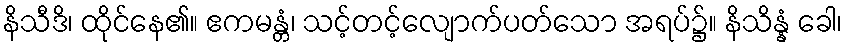
နိသီဒိ၊ ထိုင်နေ၏။ ဧကမန္တံ၊ သင့်တင့်လျောက်ပတ်သော အရပ်၌။ နိသိန္နံ ခေါ၊